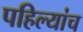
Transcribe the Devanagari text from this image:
पहिल्यांच